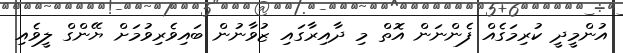
އުންމީދީ ކުރިމަގެއް ފެންނަން އޮތް މި ދާއިރާގައި ޒުވާނުން ބައިވެރިވުމަށް ޔޭންގް ލީވެއި